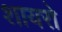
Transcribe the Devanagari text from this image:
शायरो